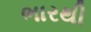
ભારથી